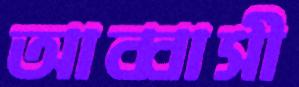
আব্বাসী